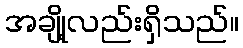
အချို့လည်းရှိသည်။